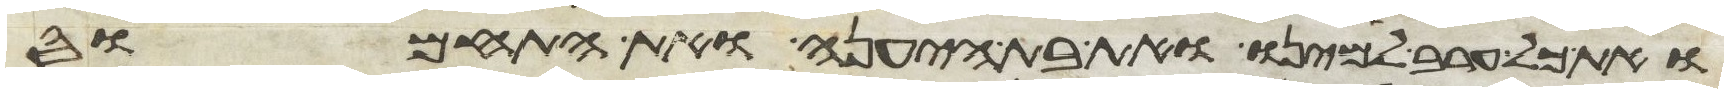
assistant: ואת כל ערב למינו ואת בת היענה ואת התחמוס